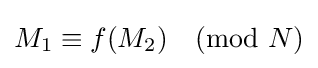
M_{1}\equiv f(M_{2}){\pmod {N}}